Report on the working of the Ranchi Indian Mental Hospital, Kanke, in Bihar and Orissa - 1930-1940
Year: 1930
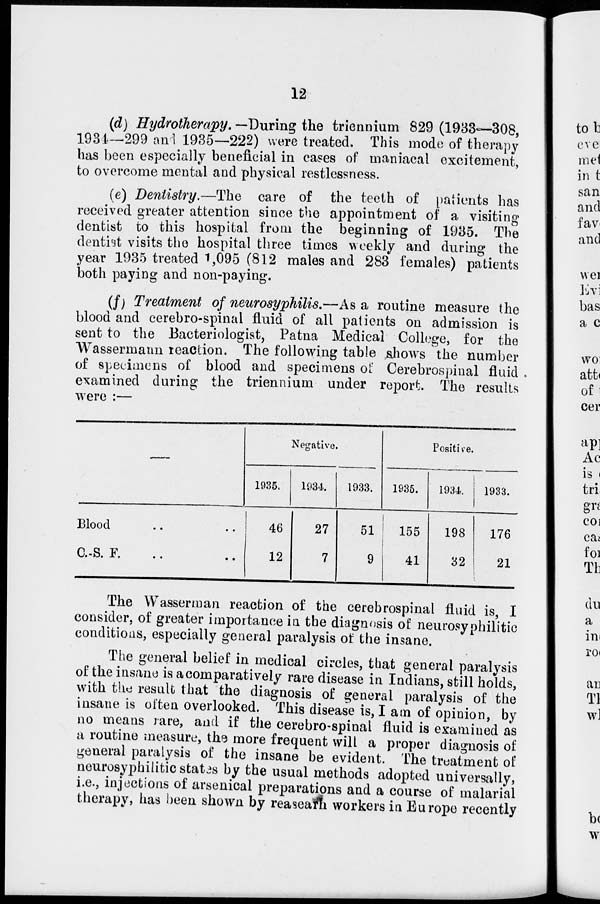
12
(d) Hydrotherapy. —During the triennium 829 (1933—308,
1934—299 and 1935—222) were treated. This mode of therapy
has been especially beneficial in cases of maniacal excitement,
to overcome mental and physical restlessness.
(e) Dentistry.—The care of the teeth of patients has
received greater attention since the appointment of a visiting
dentist to this hospital from the beginning of 1935. The
dentist visits the hospital three times weekly and during the
year 1935 treated 1,095 (812 males and 283 females) patients
both paying and non-paying.
(f) Treatment of neurosyphilis.—As a routine measure the
blood and cerebro-spinal fluid of all patients on admission is
sent to the Bacteriologist, Patna Medical College, for the
Wassermann reaction. The following table shows the number
of specimens of blood and specimens of Cerebrospinal fluid .
examined during the triennium under report. The results
were :—
—
Blood .. ..
C.S. F.
..
..
Negative.
1935.
46
12
1934.
27
7
1933.
51
9
Positive.
1935.
155
41
1934.
198
32
1933.
176
21
The Wasserman reaction of the cerebrospinal fluid is, I
consider, of greater importance in the diagnosis of neurosyphilitic
conditions, especially general paralysis of the insane.
The general belief in medical circles, that general paralysis
of the insane is a comparatively rare disease in Indians, still holds,
with the result that the diagnosis of general paralysis of the
insane is often overlooked. This disease is, I am of opinion, by
no means rare, and if the cerebro-spinal fluid is examined as
a routine measure, the more frequent will a proper diagnosis of
general paralysis of the insane be evident. The treatment of
neurosyphilitic states by the usual methods adopted universally,
i.e., injections of arsenical preparations and a course of malarial
therapy, has been shown by reaseach workers in Europe recently